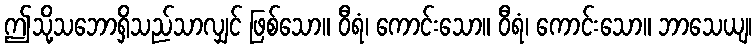
ဤသို့သဘောရှိသည်သာလျှင် ဖြစ်သော။ ဝီရံ၊ ကောင်းသော။ ဝီရံ၊ ကောင်းသော။ ဘာသေယျ၊